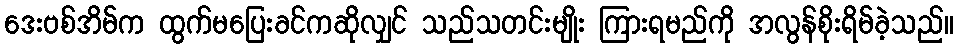
ဒေးဗစ်အိမ်က ထွက်မပြေးခင်ကဆိုလျှင် သည်သတင်းမျိုး ကြားရမည်ကို အလွန်စိုးရိမ်ခဲ့သည်။